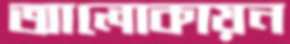
আলোকায়ন